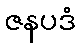
ဇနပဒံ